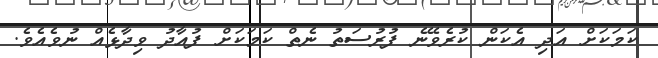
ކަމަކަށް އަދި އެކަން ކުރެވޭނެ ފުރުސަތު ނެތް ކަމަކަށް ފުއާދު ވިދާޅެއް ނުވެއެވެ.